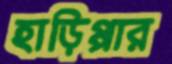
হাড়িপ্পার